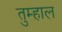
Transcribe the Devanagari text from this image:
तुम्हाल